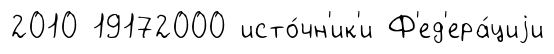
2010 19172000 исто́чн'ик'и Ф'ед'ера́циjи